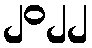
၂၀၂၂